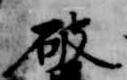
破